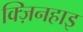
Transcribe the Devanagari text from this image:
क्ज़िनहाइ